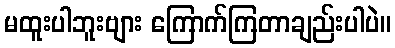
မထူးပါဘူးဗျား ကြောက်ကြတာချည်းပါပဲ။